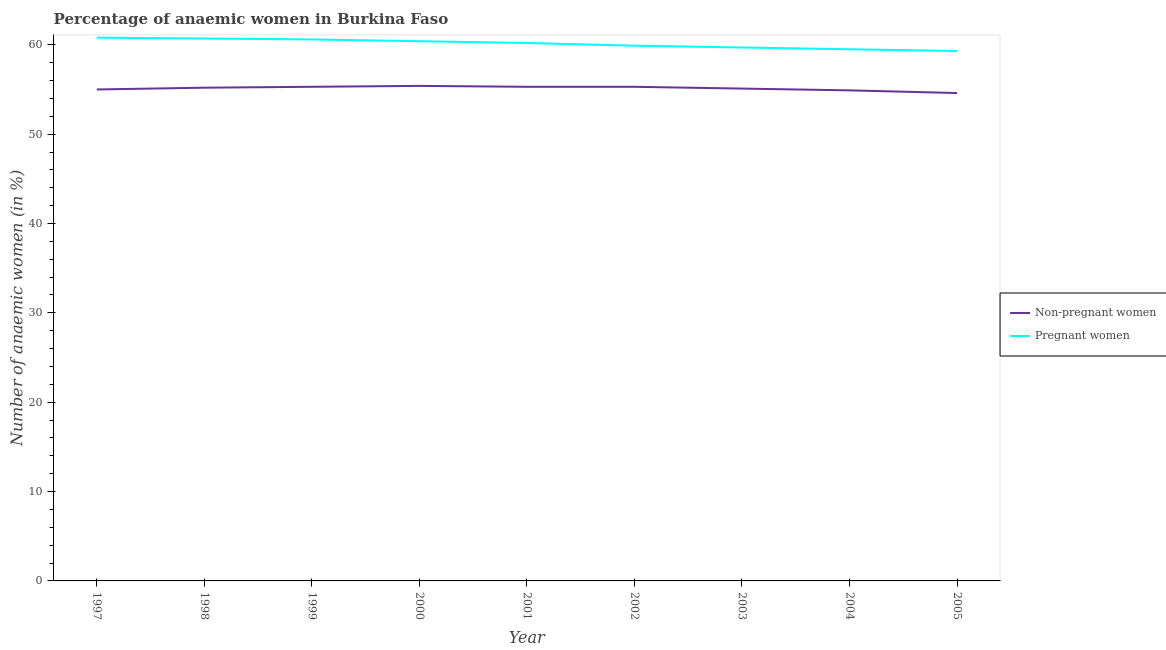
| Year | Non-pregnant women | Pregnant women |
 | --- | --- | --- |
 | 1997 | 55 | 60.8 |
 | 1998 | 55.2 | 60.7 |
 | 1999 | 55.3 | 60.6 |
 | 2000 | 55.4 | 60.4 |
 | 2001 | 55.3 | 60.2 |
 | 2002 | 55.3 | 59.9 |
 | 2003 | 55.1 | 59.7 |
 | 2004 | 54.9 | 59.5 |
 | 2005 | 54.6 | 59.3 |